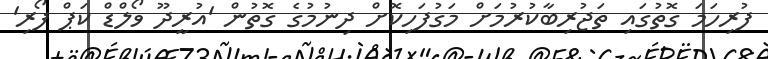
ފުރިހަމަ ގޮތުގައި ތަޖުރިބާކުރުމަށް މަގުފަހިކޮށް ދިނުމުގެ ގޮތުން 'އުރީދޫ ވޯލްޑް ކަޕް ފޯރި'